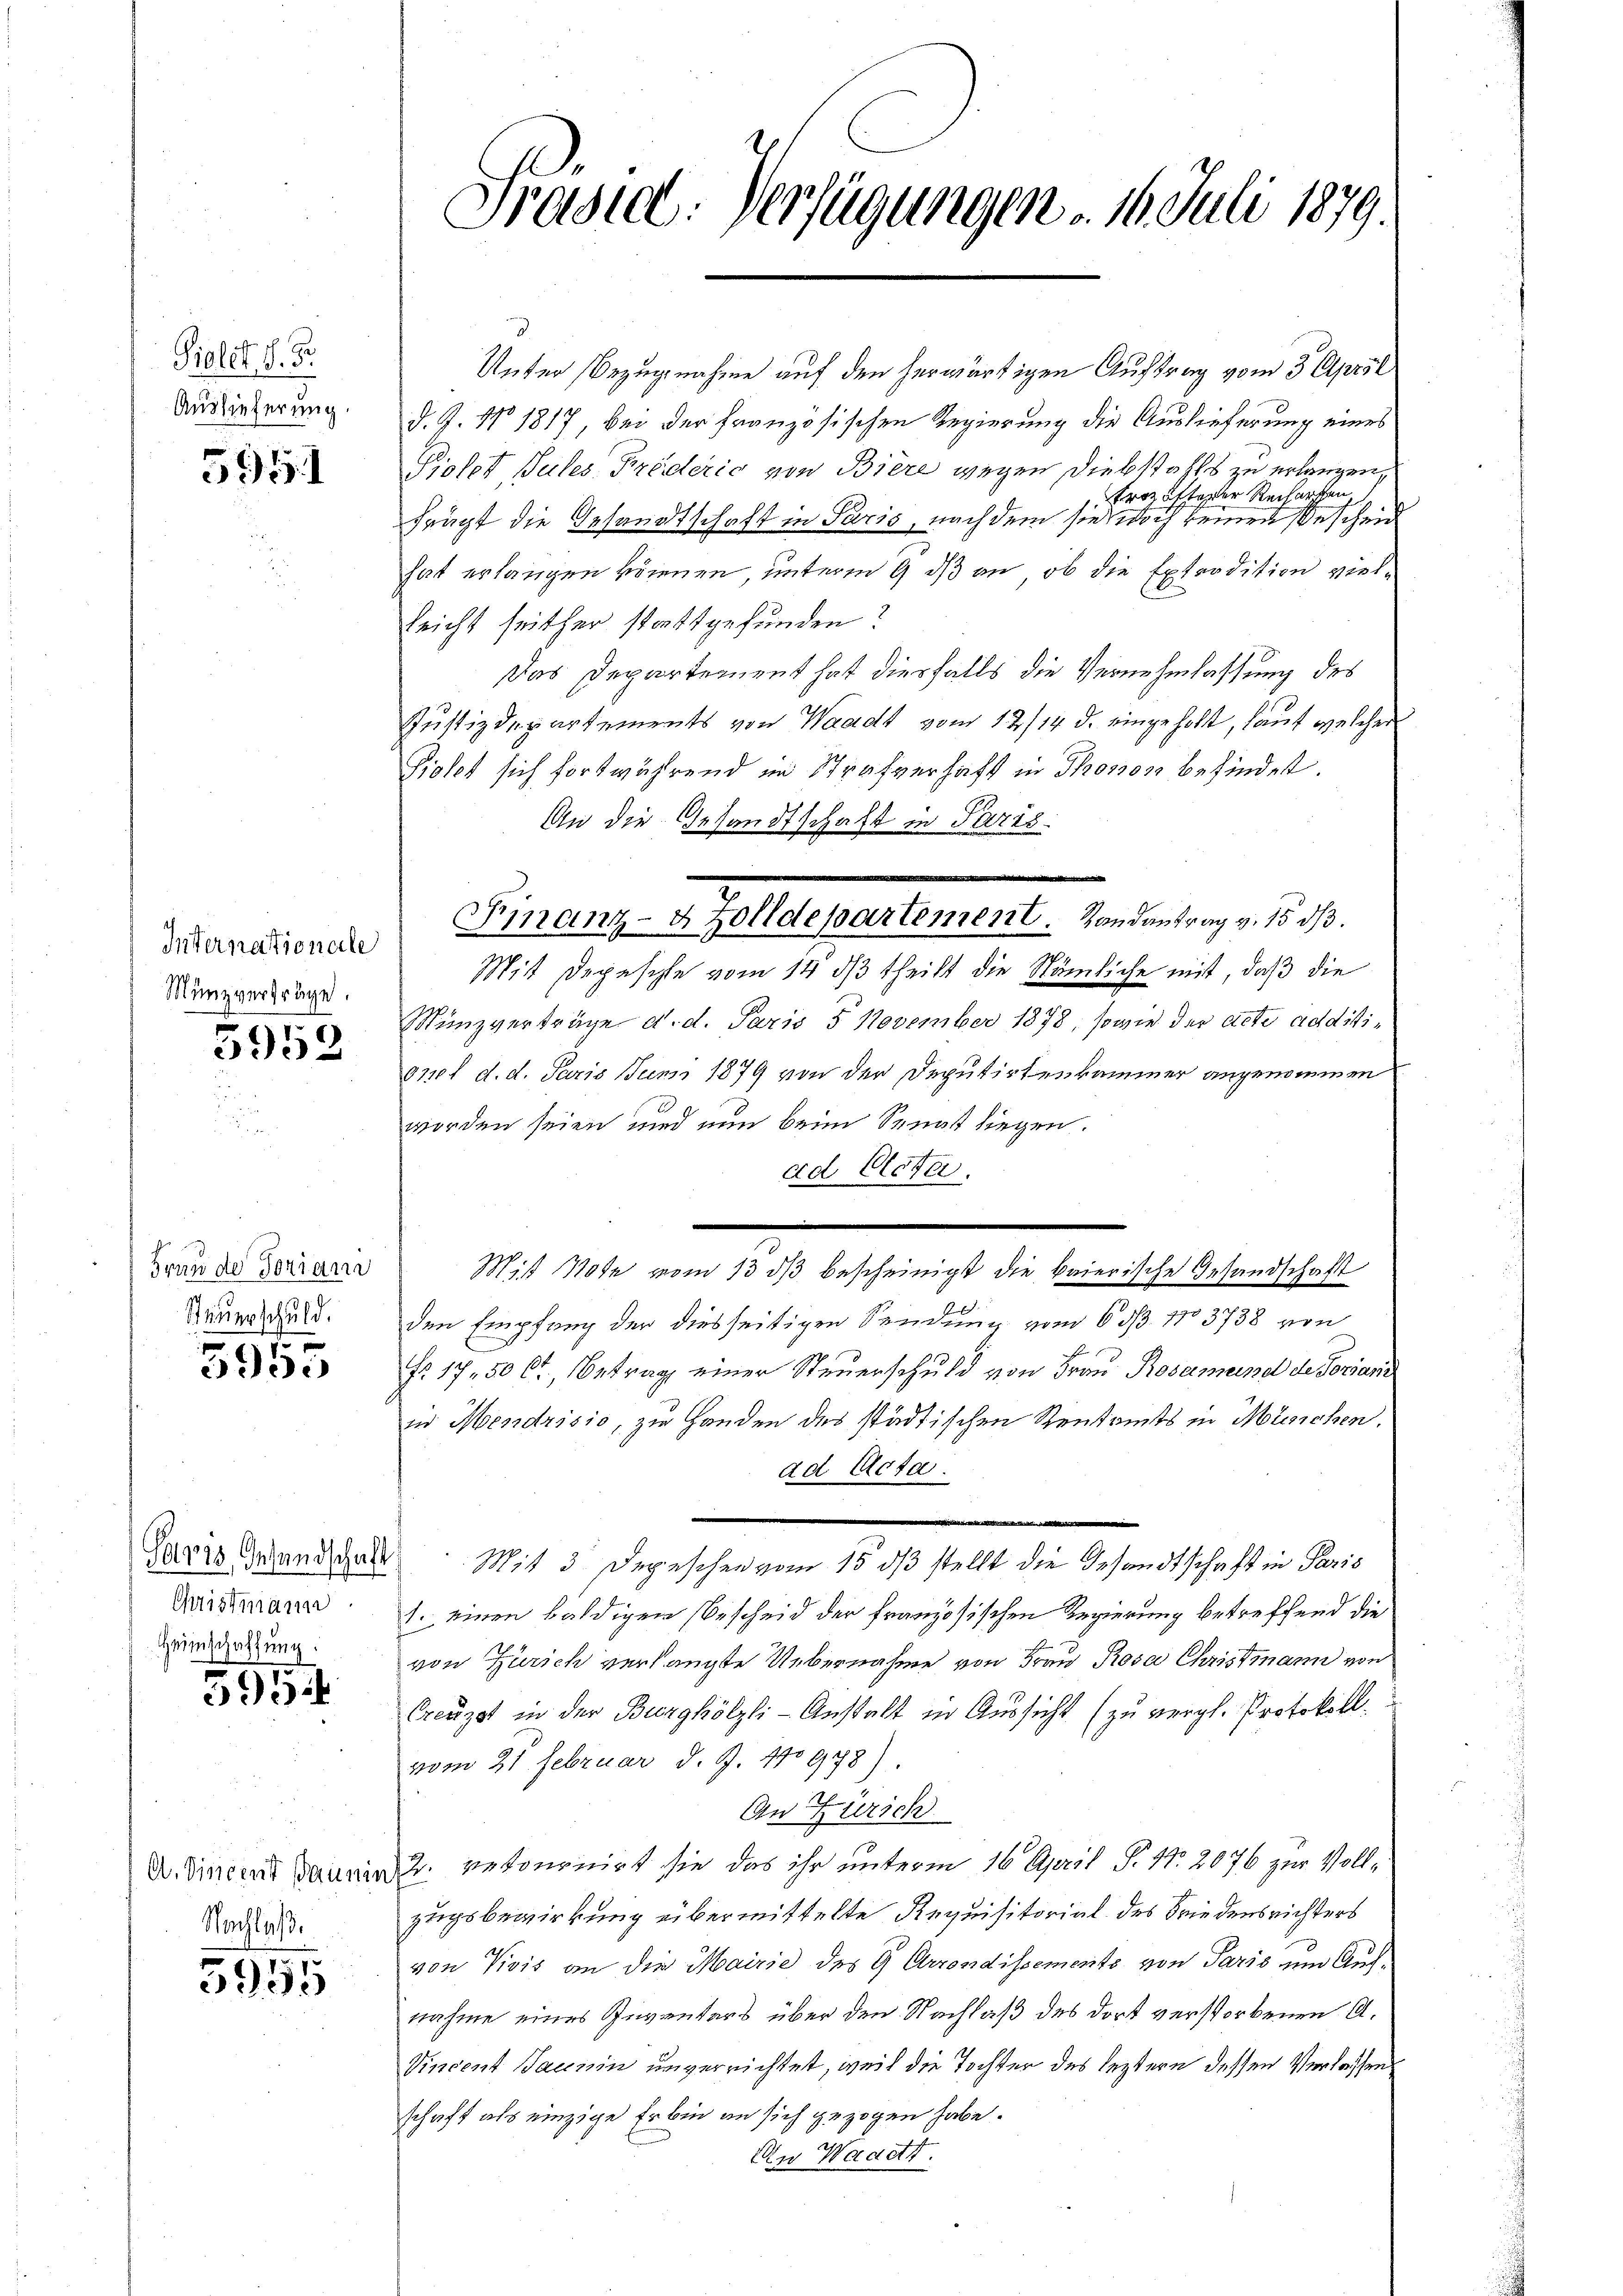
Piolet, d. 5.
Auslieferung.

5951

Internationale
Münzverträge.

5952

Grunde Forian
Steuerschuld.

5900

Christmann
Heimschaffung:

595

Nachlaße

3955

Präsid. Verfügungen – 16. Juli 1879.

Unter Bezugnahme auf den herwärtigen Auftrag vom 3. April
d. J. No. 1817, bei der französischen Regierung die Auslieferung eines
Piolet Sules Kreiderić von Biere wegen Diebstahls zu erlangen
rozötterer Recharfen
frägt die Gesandtschaft in Paris, nach dem sie woch keinen Beschen
hat erlangen können, unterm 9 dß an, ob die Extradition vielleicht seither stattgefunden?
Das Departement hat diesfalls die Vernehmlassung des
Justizdepartements von Waadt vom 12/14. d. eingeholt, laut welcher
Piolet sich fortwährend im Strafverhaft in Thronon befindet.
An die Gesandtschaft in Paris.
Mit Depeschle vom 14. dβ theilt die Nämliche mit, daß die
Münzverträge d. d. Paris 5 November 1878, sowie der acte additi¬
010t d. d. Paris Juni 1879 von der Deputirtenkammer angenommen
worden seien und nun beim Senat liegen.
ad Acta.
Mis 10 vom 13. dβ bescheinigt die baierische Gesandschaft
den Empfang der diesseitigen Sendung vom 6. d. 113738 von
Fr. 17, 50 Ct, Betrag einer Steuerschuld von Frau Rosamend de Foriani
in Mendrisio, zu Handen des städtischen Rentamts in München.
ad Acta.
.
Paris Anland galt. Mit 3 Depeschen vom 15. ds stellt die Gesandtschaft in Paris
1. einen baldigen Bescheid der französischen Regierung betreffend die
von Zürich verlangte Uebernahme von Frau Rosa Christmann von
Creuzst in der Burghölzli-Anstalt in Aussicht (zu vergl. Protokoll.
vom 21 Februar d. J. 110978)
An Zürich
Dr. Vincent dauer u. rekononirt sie das ihr unterm 16. April P. Nr. 2076 zur Vollzugsbewirkung übermittelte Requisitorial des Friedensrichters
von Vivis an die Mairie des G. Arrondissements von Paris und Aufnahme eines Inventars über den Nachlaß des dort verstorbenen A.
Vincent Jaunin unverrichtet, weil die Tochter des leztern dessen Verlassens
schaft als einzige Erbin an sich gezogen habe.
An Waadt.

Finanz- & Zolldepartement. Randantrag v. 15 d